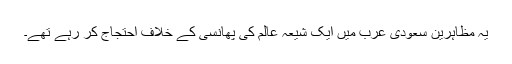
یہ مظاہرین سعودی عرب میں ایک شیعہ عالم کی پھانسی کے خلاف احتجاج کر رہے تھے۔